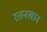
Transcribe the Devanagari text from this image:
रतनखान